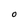
Character: O